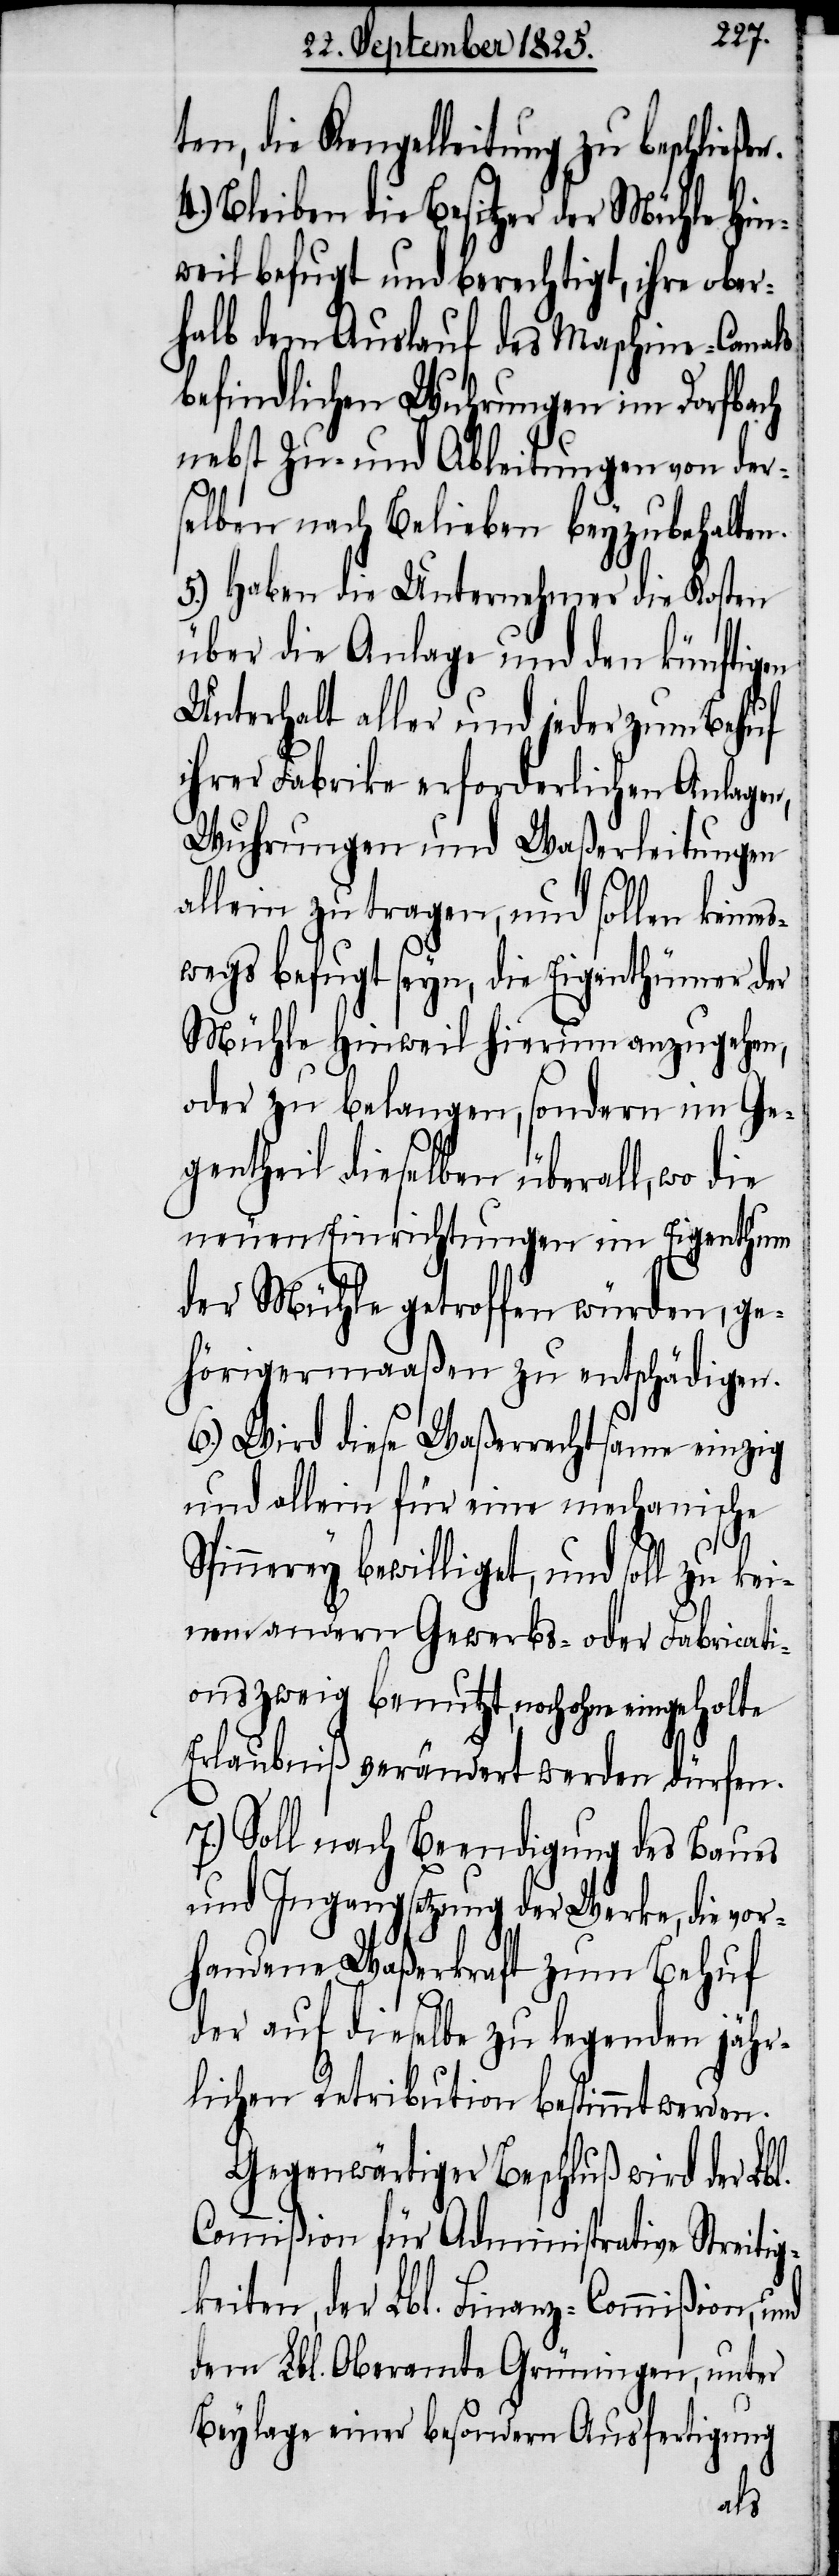
ten, die Kengelleitung zu beschließen.
4.) Bleiben die Besitzer der Mühle Hin¬
weil befugt und berechtigt, ihre ober¬
halb dem Auslauf des Maschine-Canals
befindlichen Wuhrungen im Dorfbach
nebst Zu- und Ableitungen von der¬
selben nach Belieben beyzubehalten.
5.) Haben die Unternehmer die Kosten
über die Anlage und den künftigen
Unterhalt aller und jeder zum Behuf
ihrer Fabrike erforderlichen Anlagen,
Wuhrungen und Waßerleitungen
allein zu tragen, und sollen keines¬
wegs befugt seyn, die Eigenthümer der
Mühle Hinweil hierum anzugehen,
oder zu belangen, sondern im Ge¬
gentheil dieselben überall, wo die
neuen Einrichtungen im Eigenthum
der Mühle getroffen würden, ge¬
hörigermaaßen zu entschädigen.
6.) Wird dieses Waßerrechtsame einzig
und allein für eine mechanische
Spinnerey bewilliget, und soll zu kei¬
nen andern Gewerbs- oder Fabricati¬
onszweig benutzt, noch ohne eingeholte
Erlaubniß verändert werden dürfen.
7.) Soll nach Beendigung des Baues
und Ingangsetzung der Werke, die vor¬
handene Waßerkraft zum Behuf
der auf dieselbe zu legenden jähr¬
lichen Retribution bestimmt werden.
Gegenwärtiger Beschluß wird der Lbl.
Commißion für Administrative Streitig¬
keiten, der Lbl. Finanz-Commißion, und
dem Lbl. Oberamte Grüningen, unter
Beylage einer besondern Ausfertigung